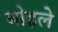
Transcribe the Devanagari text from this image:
बोहले